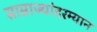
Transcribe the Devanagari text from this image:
साम्राज्यांदरम्यान